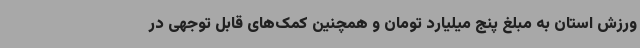
ورزش استان به مبلغ پنج میلیارد تومان و همچنین کمک‌های قابل توجهی در